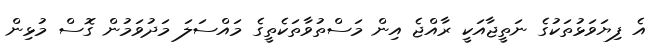
އެ ފިިޔަވަޅުތަކުގެ ނަތީޖާއަކީ ރާއްޖެ އިން މަސްތުވާތަކެތީގެ މައްސަލަ މަދުވަމުން ގޮސް މުޅިން